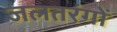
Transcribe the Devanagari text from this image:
जलतरंगों